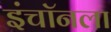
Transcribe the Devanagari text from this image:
इंचॉनला